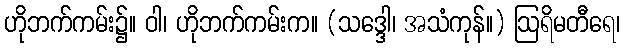
ဟိုဘက်ကမ်း၌။ ဝါ၊ ဟိုဘက်ကမ်းက။ (သဒ္ဒေါ၊ အသံကုန်။) ဩရိမတီရေ၊